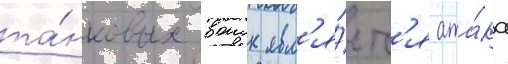
та́нковых воиск явл'я́етс'я ата́ка